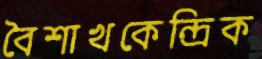
বৈশাখকেন্দ্রিক